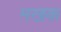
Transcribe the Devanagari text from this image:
मखक